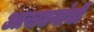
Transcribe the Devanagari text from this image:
आख्यानांची